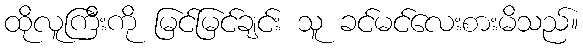
ထိုလူကြီးကို မြင်မြင်ချင်း သူ ခင်မင်လေးစားမိသည်။